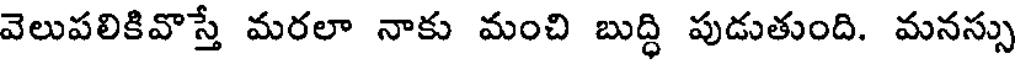
వెలుపలికివొస్తే మరలా నాకు మంచి బుద్ధి పుడుతుంది. మనస్సు